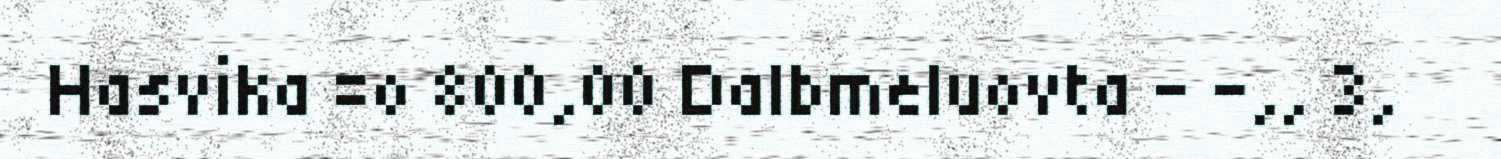
Hasvika =o 800,00 Dalbmeluovta – –,, 3,